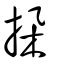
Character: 挅